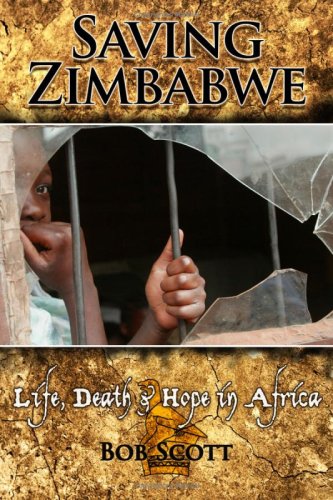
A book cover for Saving Zimbabwe; Bob Scott; History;